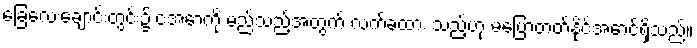
ခြေလေးချောင်းတွင်း၌ ငအောကို မည်သည့်အတွက် လက်ခံထား သည့်ဟု မပြောတတ်နိုင်အောင်ရှိသည်။